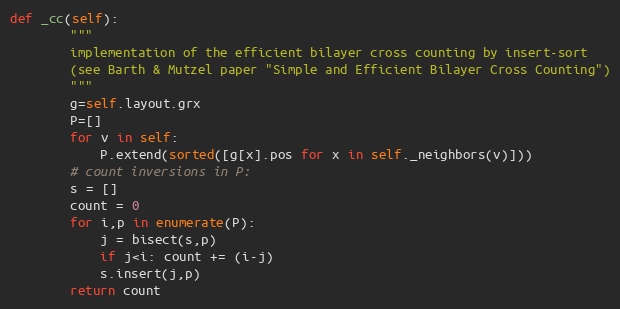
Language: Python
def _cc(self):
        """
        implementation of the efficient bilayer cross counting by insert-sort
        (see Barth & Mutzel paper "Simple and Efficient Bilayer Cross Counting")
        """
        g=self.layout.grx
        P=[]
        for v in self:
            P.extend(sorted([g[x].pos for x in self._neighbors(v)]))
        # count inversions in P:
        s = []
        count = 0
        for i,p in enumerate(P):
            j = bisect(s,p)
            if j<i: count += (i-j)
            s.insert(j,p)
        return count